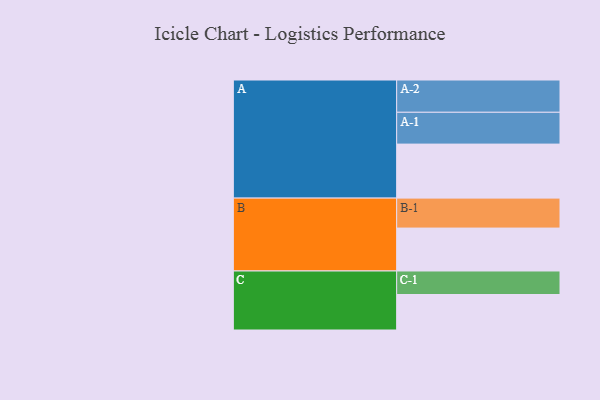
{"axis": {"x": "Segment", "y": "Value"}, "legend": ["", "A", "B", "C"], "data": [{"x": "A", "y": 487, "type": ""}, {"x": "B", "y": 387, "type": ""}, {"x": "C", "y": 320, "type": ""}, {"x": "A-1", "y": 287, "type": "A"}, {"x": "A-2", "y": 291, "type": "A"}, {"x": "B-1", "y": 270, "type": "B"}, {"x": "C-1", "y": 212, "type": "C"}]}